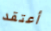
أعتقد